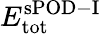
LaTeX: E_{\mathrm{tot}}^{\mathrm{sPOD-I}}